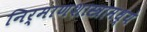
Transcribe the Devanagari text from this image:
निर्माणशास्त्रामध्ये